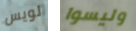
لويس وليسوا